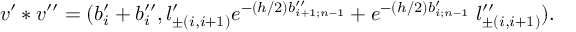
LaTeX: v ^ { \prime } * v ^ { \prime \prime } = ( b _ { i } ^ { \prime } + b _ { i } ^ { \prime \prime } , l _ { \pm ( i , i + 1 ) } ^ { \prime } e ^ { - ( h / 2 ) b _ { i + 1 ; n - 1 } ^ { \prime \prime } } + e ^ { - ( h / 2 ) b _ { i ; n - 1 } ^ { \prime } } \; l _ { \pm ( i , i + 1 ) } ^ { \prime \prime } ) .